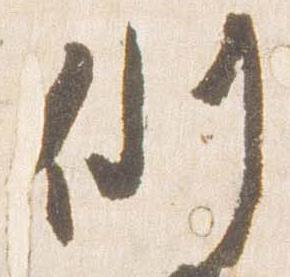
例